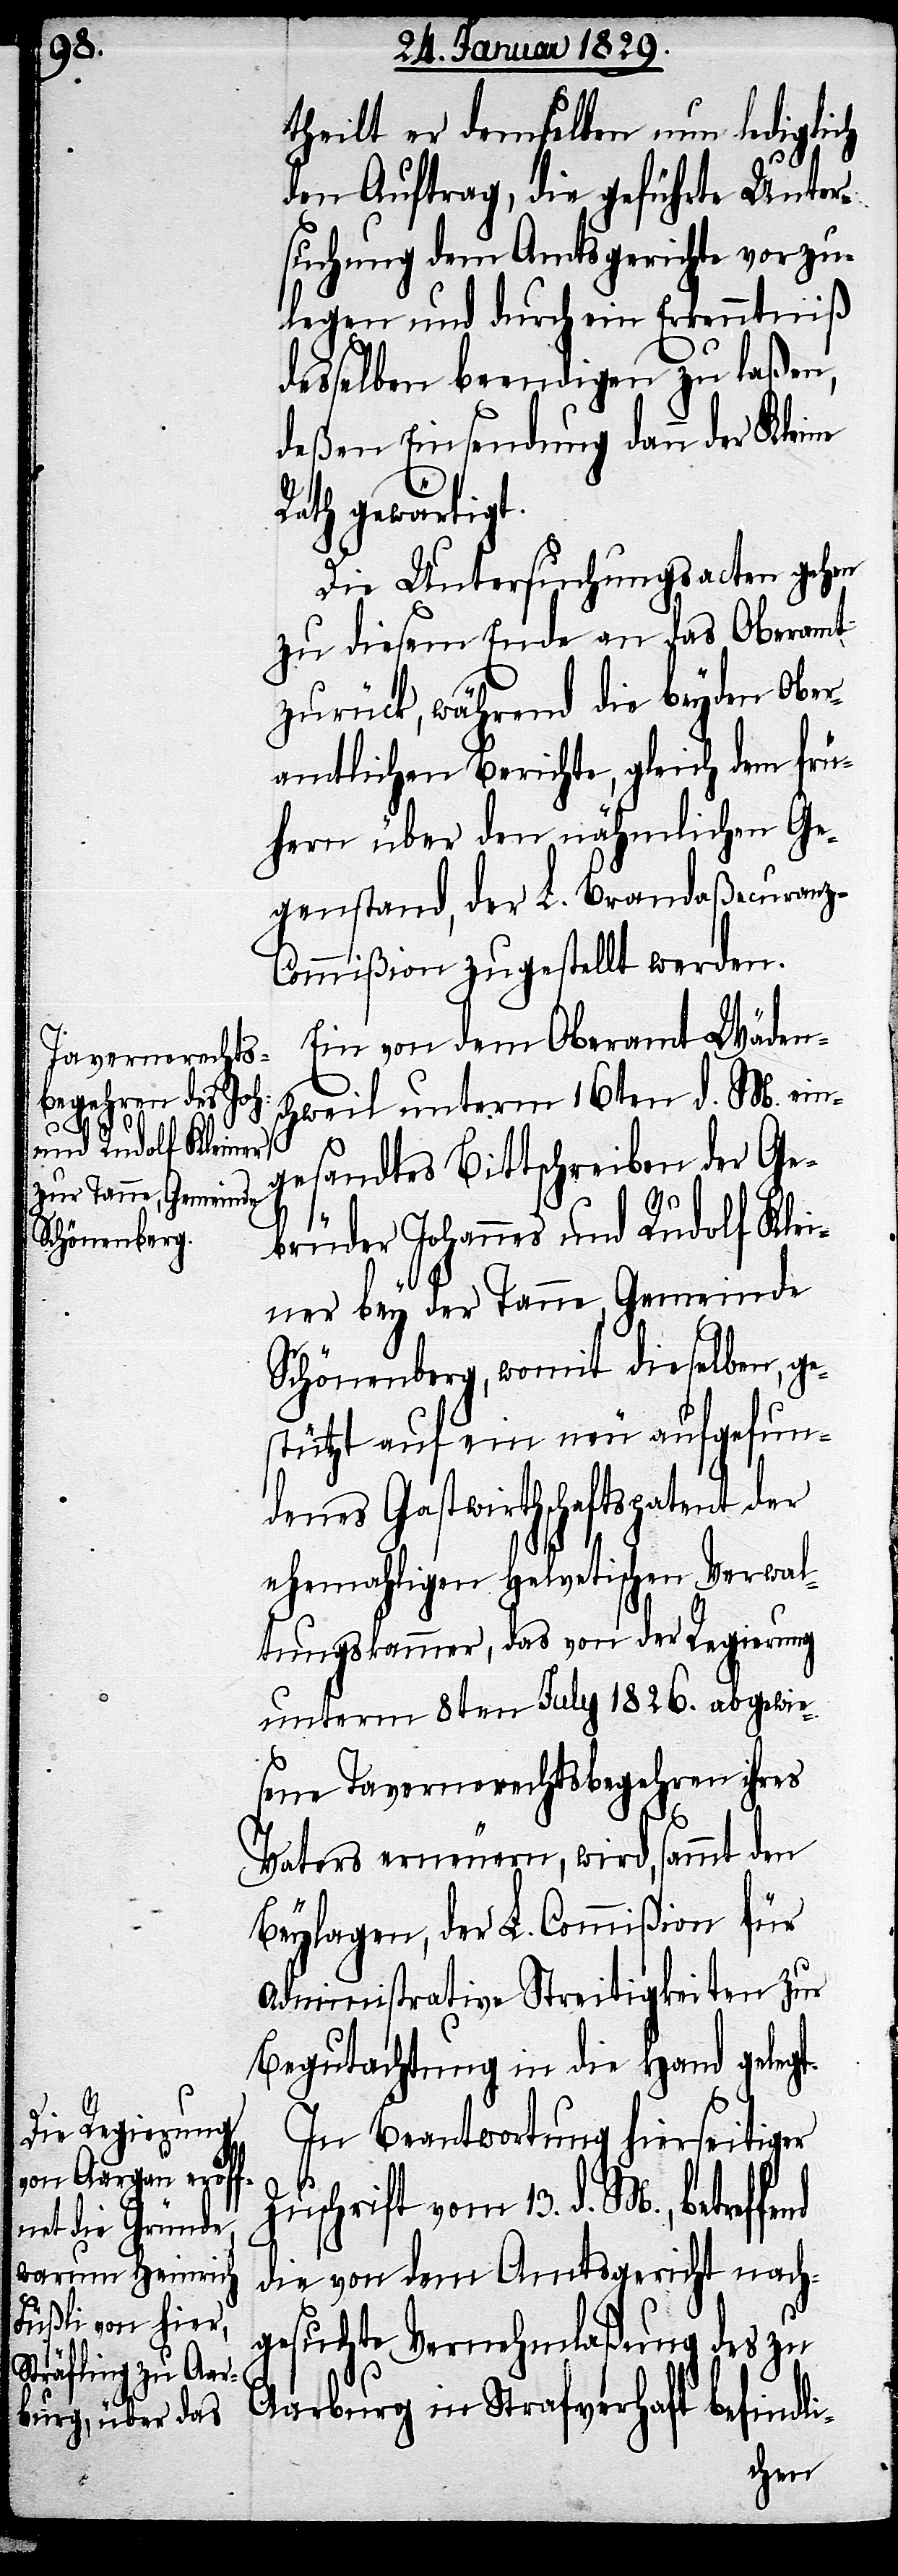
li-

theilt er demselben nun lediglich
den Auftrag, die geführte Unter¬
suchung dem Amtsgericht vorzu¬
legen und durch ein Erkenntniß
desselben beendigen zu laßen,
deßen Einsendung dann der Kleine
Rath gewärtigt.
Die Untersuchungsacten gehen
zu diesem Ende an das Oberamt
zurück, während die beyden Ober¬
amtlichen Berichte, gleich dem frü¬
hern über den nähmlichen Ge¬
genstand, der L. Brandaßecuranz-C¬
ommißion zugestellt werden.
Ein von dem Oberamt Wäden¬
schweil unterm 16ten d. M. ein¬
gesandtes Bittschreiben der Ge¬
brüder Johannes und Rudolf Klei¬
ner bey der Tanne, Gemeinde
Schönenberg, womit dieselben, g¬
estützt auf ein neu aufgefun¬
denes Gastwirthschaftspatent der
ehemahligen Helvetischen Verwal¬
tungskammer, das von der Regierung
unterm 8ten July 1826. abgewie¬
sene Tavernenrechtsbegehren ihres
Vaters erneuern, wird, sammt den
Beylagen, der L. Commißion für
administrative Streitigkeiten zur
Begutachtung in die Hand gelegt.
In Beantwortung hierseitiger
Zuschrift vom 13. d. M., betreff¬
die von dem Amtsgericht nach¬
gesuchte Vernehmlaßung des zu
Aarburg in Strafverhaft befind¬
end